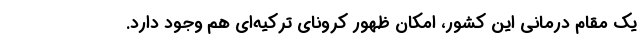
یک مقام درمانی این کشور، امکان ظهور کرونای ترکیه‌ای هم وجود دارد.